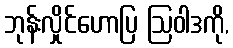
ဘုန်းလှိုင်ဟောပြ ဩဝါဒကို,